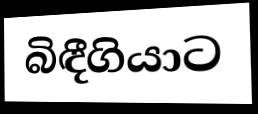
බිඳීගියාට